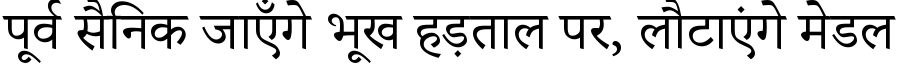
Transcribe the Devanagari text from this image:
पूर्व सैनिक जाएँगे भूख हड़ताल पर, लौटाएंगे मेडल